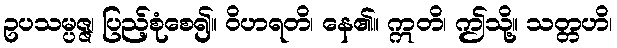
ဥပသမ္ပဇ္ဇ၊ ပြည့်စုံစေ၍။ ဝိဟရတိ၊ နေ၏။ ဣတိ၊ ဤသို့။ သတ္တဟိ၊